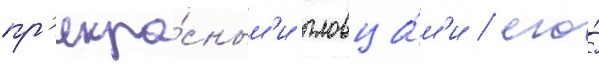
пр'екра́сным'и пловца́м'и / его́